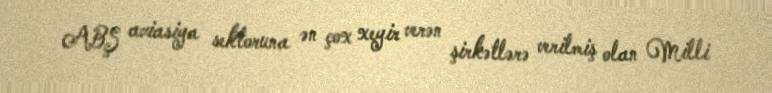
ABŞ aviasiya sektoruna ən çox xeyir verən şirkətlərə verilmiş olan Milli